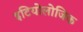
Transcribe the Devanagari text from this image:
इटियोलोजिक